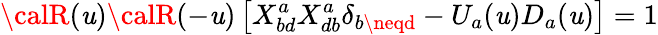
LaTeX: {\calR}(\mathit{u}){\calR}(-\mathit{u})\left[X_{bd}^{a}X_{db}^{a}\delta_{b\neqd}-U_{a}(\mathit{u})D_{a}(\mathit{u})\right]=1